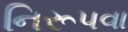
નિરૂપવા